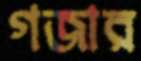
গজার